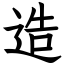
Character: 造